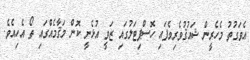
އެވަގުތު މެހެރީން ޝައުޤުވެރިވެފައި ހޮސްޕިޓަލުގައި ޒަވީ އުޅެނީ ކޮން މަޤާމެއްގައި ތޯ އެހިއެވެ.